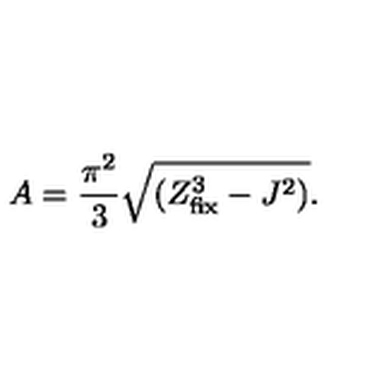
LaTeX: A = { \frac { \pi ^ { 2 } } { 3 } } \sqrt { ( Z _ { \mathrm { f i x } } ^ { 3 } - J ^ { 2 } ) } .